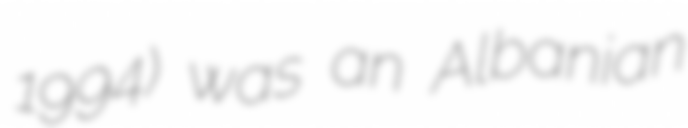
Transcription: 1994) was an Albanian